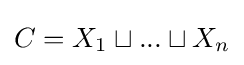
C=X_{1}\sqcup ...\sqcup X_{n}